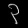
Digit: ၃